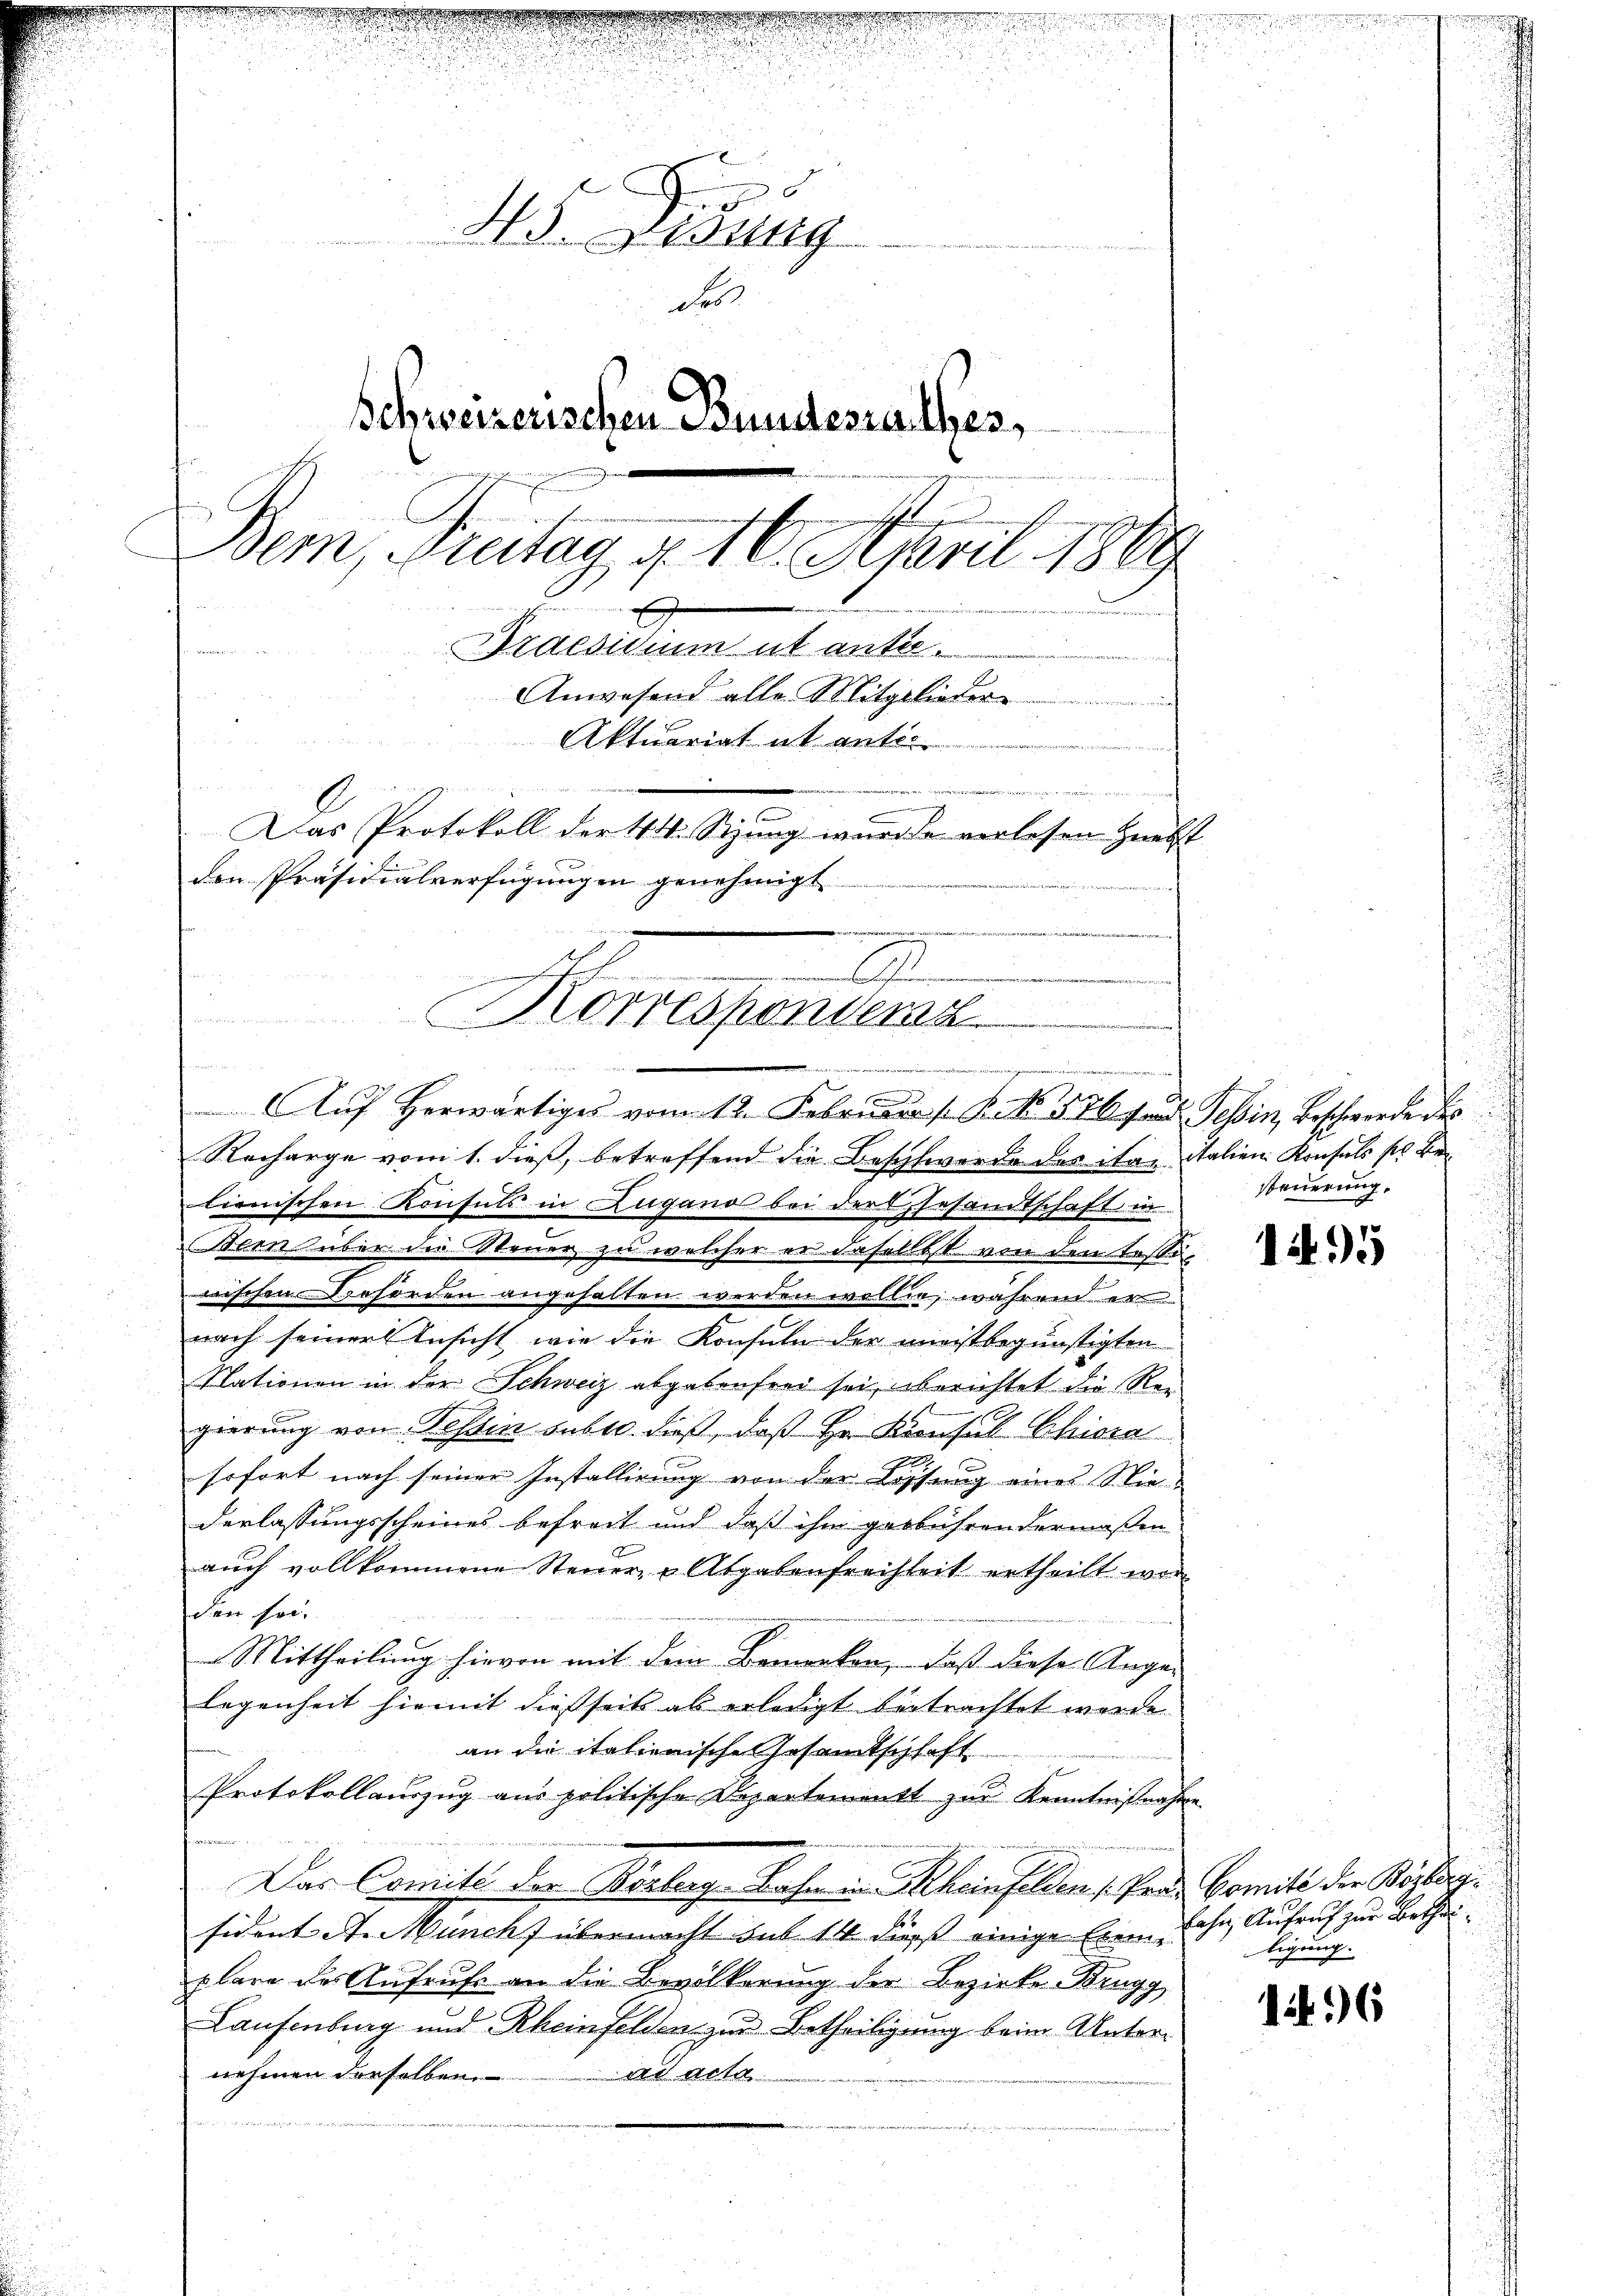
u
e
43. Lesung
de
Schweizerischen Bundesrathes,
n
Bem, Zulag, 16. April 1889

Praesidium ut anter¬
Anwesend alle Mitglieder
Aktuariat it entl
n
2
ete, wie eine
un
Das Protokoll der 44. Sizung wurde verlesen nebst
den Präsidialverfügungen genehmigt.

.
Korrespondenz
e
r
ie
Auf Herwärtiges vom 12. Februar  /: P. No. 376 stand Tessin, Beschwerde des

Recharge vom 1. dieß, betreffend die Beschwerde des ita Italien Konsuls ses Be
lienischen Konsuls in Zugano bei der Gesandtschaft in
bens über die Steuer zu welcher er dasellst von den testiwischen Behörden angehalten werden wollen, während er
nach seiner Ansicht wie die Konsuln der meistbegünstigten
Nationen in der Schweiz abgebenfrei sei, berichtet die Vergierung von Tessin sub 10. dieß, daß Hr. Konsul Chiara
sofort nach seiner Installirung von der Lösung eines Stie
derlassungsscheines befreit und daß ihm gebührendermaßen
auch vollkommene Steuer- u Abgabenfreiheit ertheilt war
den sei.
Mittheilung hievon mit dem Bemerken, daß diese Ange-
legenheit hiemit dießseit als erledigt beitrachtet werde.
an die italienische Gesamtschhaft
Protokollauszug aus politische Departement zŭr Kenntnißnahme.
Das Comité der Vorberg, Bahn in Rheinfelden 1. Pro. Comite die Bestigsident A. Muncht übermacht hat 14 dieß einige Exemplare der Aufrufe an die Bevölkerung der Bezirke Brugg
Laufenburg und Rheinfelden zur Betheiligung beim Unternehmen derselben
ad acta
n

d
steuerung.

195

Jahn, Aufruch zur Betheiligung.

16